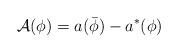
LaTeX: \begin{align*} \mathcal{A}(\phi) = a(\bar\phi) - a^\ast(\phi)\end{align*}